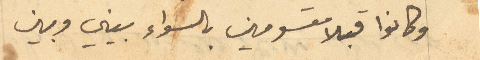
وكانوا قبلا مقسومين بالسواء بيني وبين